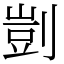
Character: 剴